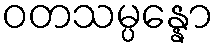
ဝတသမ္ပန္နော